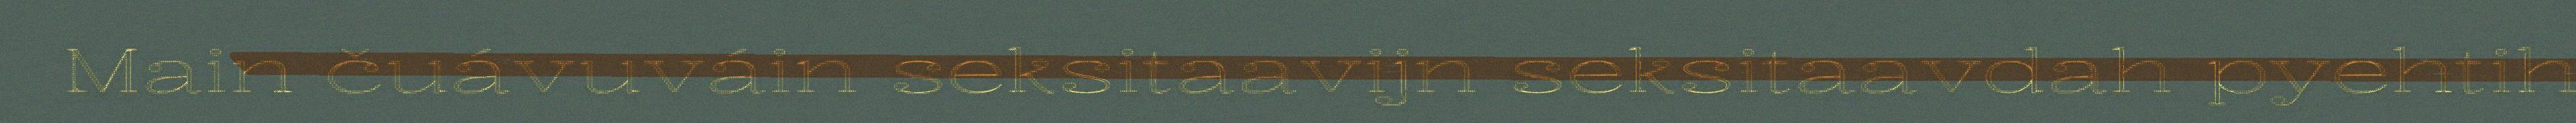
Main čuávuváin seksitaavijn seksitaavdah pyehtih